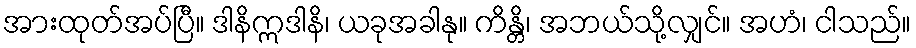
အားထုတ်အပ်ပြီ။ ဒါနိဣဒါနိ၊ ယခုအခါနု။ ကိန္တိ၊ အဘယ်သို့လျှင်။ အဟံ၊ ငါသည်။